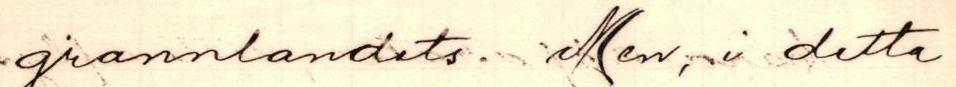
grannlandets. Men, i detta